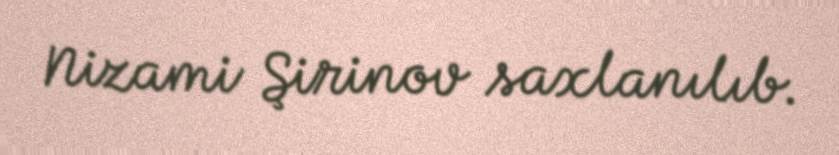
Nizami Şirinov saxlanılıb.